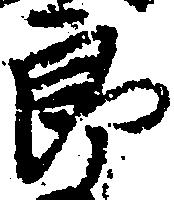
郎